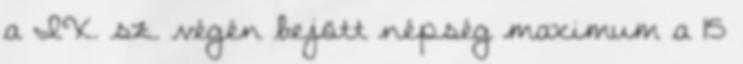
a IX. sz. végén bejött népség maximum a 15